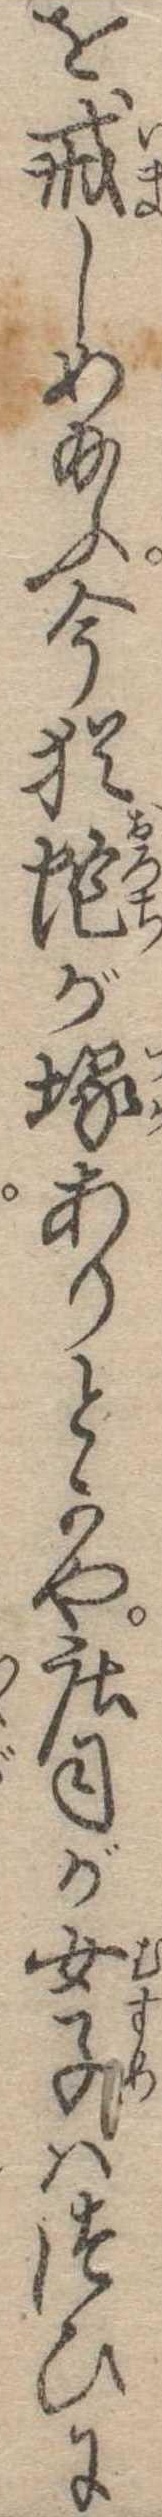
を戒しめ給ふ今猶蛇が塚ありとかや荘司が女子はつひに